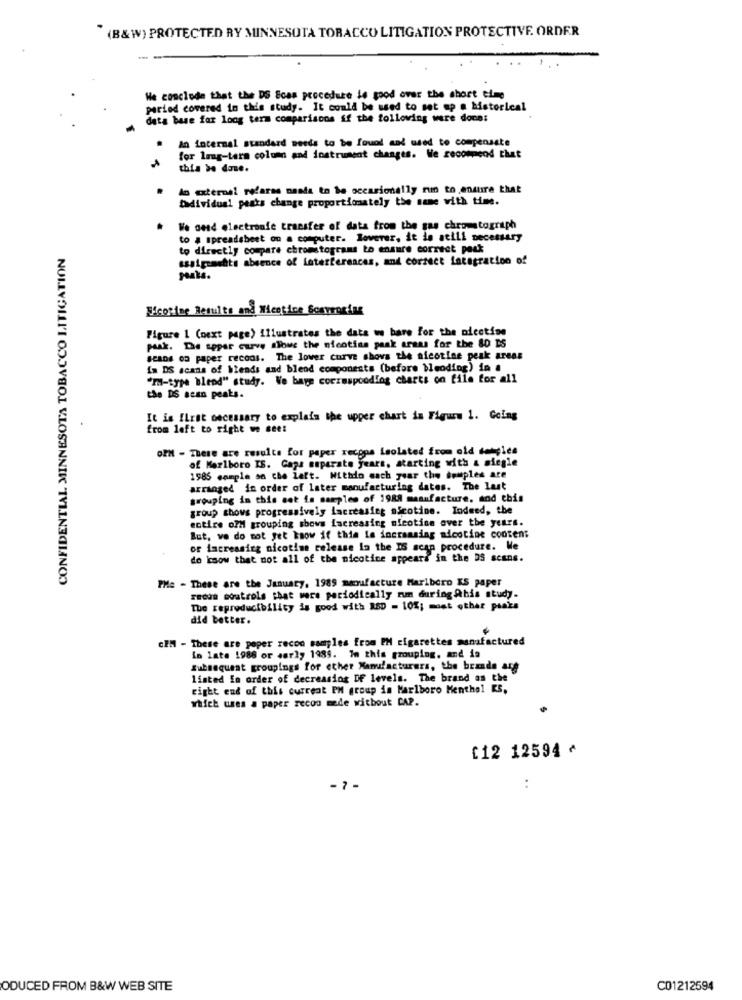
(B&W) PROTECTED RY MINNESOTA TORACCO LITIGATION PROTECTIVE. ORDER
We conclude that the DS Scas procedure le good over the short time
paried covered in this study. It could be used to set up a Motorical
data base for long term comparisons if the following were done:
an internal standard needs to be found and used to compensate
for long-term column and jostrument changes. We recommend that
this be done.
lo oternel refarms manta to be occasionally run to ensure that
Dadividual peaks change proportionately the same with time.
We and electronie transfer of data from the gas chromatograph
to a spreadsheet on a computer. loverer, it is atill necessary
CONFIDENTIAL MINNESOTA TOBACCO LITIGATION
to directly compare chromstograms to ensure correct peak
assignments absence of Laterferences, and correct integration of
paals.
Elcorine Results and Micotice Scoproring
Figure 1 (next page) illustrates the data we bare for the adcctime
paak. De appar curve slows the nicotina paak arama for the 80 IS
SCADE on paper recons. The lower curve shows the nicotine peak areas
In DS scans of blends and blend components (before blending) in .
"m-type blend" study. We bare coermspcoding charts on file for all
the DS scan peaks.
It is ILrit necessary to explain the upper chart in Figure 1. Going
from left to right we see:
oZH - These are results for paper recons isolated from old denyles
of Marlboro IS. Gaps separate years, starting with & siegle
1985 sample sa che lett. Withdo each year the couples are
arranged in order of later manufacturing dates. The last
grouping in this sot is samples of 1988 manufacture, and this
group shows progressively lacreasing nicotine. Indeed, the
entire ord grouping shows Lacreasing nicotine over the years.
But, vo do not yet know if this is increasing nicotine content
or lacreasing nicotine release la the IS scan procedure. We
do know that not all of the nicotine appears in the DS scans.
PHe - These are the January, 1989 manufacture Marlboro KS paper
Fecun ooutrols that were periodically rum during his study.
The reproducibility is good with 180 = 10%; moet other praks
did better.
cEM - These are peper recon samples from PH cigarettes manufactured
in late 1988 or early 1985. In this grouping, and is
Subsequent groupings for ether Manufacturers, the brands are
listed in order of decreasing DF levels. The brand as the
right end of this current PM group in Marlboro Menthal ES.
which uses a paper recon made without CAP.
£12 12594 ^
- 7.
..
ODUCED FROM B&W WEB SITE
C01212594